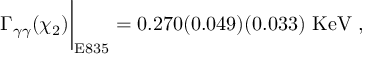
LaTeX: \Gamma _ { \gamma \gamma } ( \chi _ { 2 } ) \bigg | _ { \mathrm { E 8 3 5 } } = 0 . 2 7 0 ( 0 . 0 4 9 ) ( 0 . 0 3 3 ) \ \mathrm { K e V } \ ,